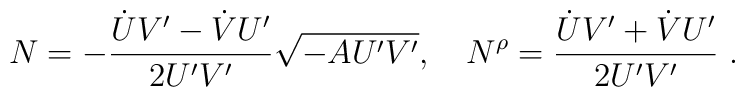
N = -\frac{\dot{U}V' - \dot{V}U'}{2U'V'}\sqrt{-AU'V'},    \quad N^{\rho} =  \frac{\dot{U}V' + \dot{V}U'}{2U'V'}\ .